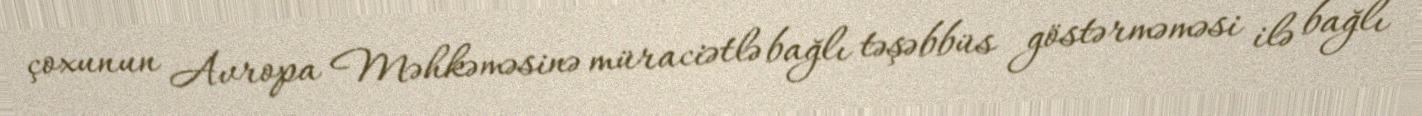
çoxunun Avropa Məhkəməsinə müraciətlə bağlı təşəbbüs göstərməməsi ilə bağlı